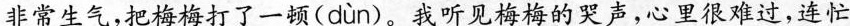
非常生气，把梅梅打了一顿( dùn )。我听见梅梅的哭声，心里很难过，连忙